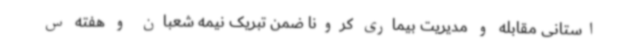
استانی مقابله و مدیریت بیماری کرونا ضمن تبریک نیمه شعبان و هفته س